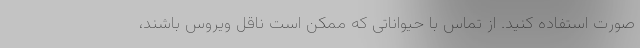
صورت استفاده کنید. از تماس با حیواناتی که ممکن است ناقل ویروس باشند،